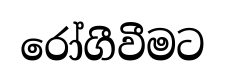
රෝගීවීමට